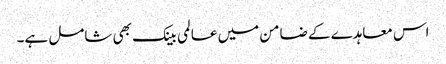
اس معاہدے کے ضامن میں عالمی بینک بھی شامل ہے۔